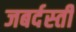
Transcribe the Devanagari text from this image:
जबर्दस्‍ती